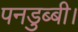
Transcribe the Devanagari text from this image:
पनडुब्‍बी।